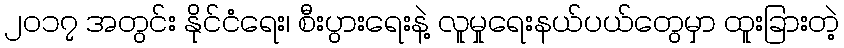
၂၀၁၇ အတွင်း နိုင်ငံရေး၊ စီးပွားရေးနဲ့ လူမှုရေးနယ်ပယ်တွေမှာ ထူးခြားတဲ့